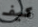
كيف